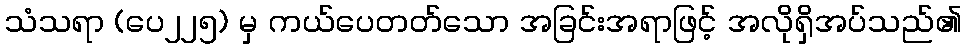
သံသရာ (ပေ၂၂၅) မှ ကယ်ပေတတ်သော အခြင်းအရာဖြင့် အလိုရှိအပ်သည်၏